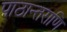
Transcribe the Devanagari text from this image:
पाठान्तराणि